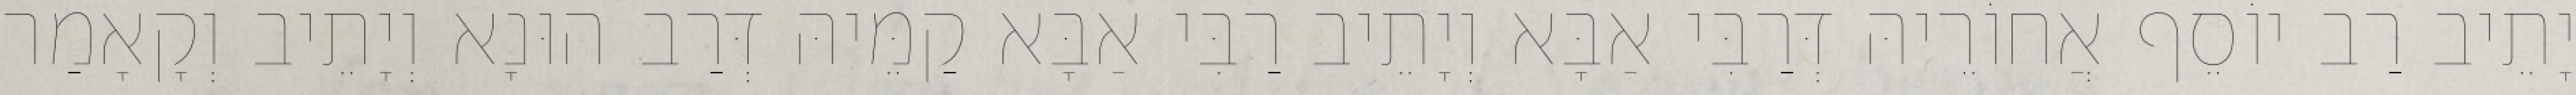
יָתֵיב רַב יוֹסֵף אֲחוֹרֵיהּ דְּרַבִּי אַבָּא וְיָתֵיב רַבִּי אַבָּא קַמֵּיהּ דְּרַב הוּנָא וְיָתֵיב וְקָאָמַר